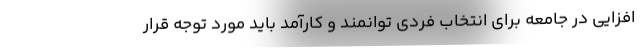
افزایی در جامعه برای انتخاب فردی توانمند و کارآمد باید مورد توجه قرار